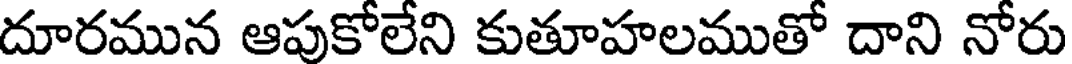
దూరమున ఆపుకోలేని కుతూహలముతో దాని నోరు